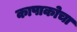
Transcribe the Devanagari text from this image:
कापाकोचा